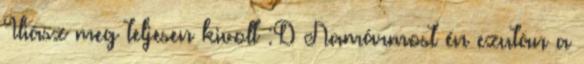
Iliász meg teljesen kivolt :D Namármost én ezután a